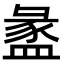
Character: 盠